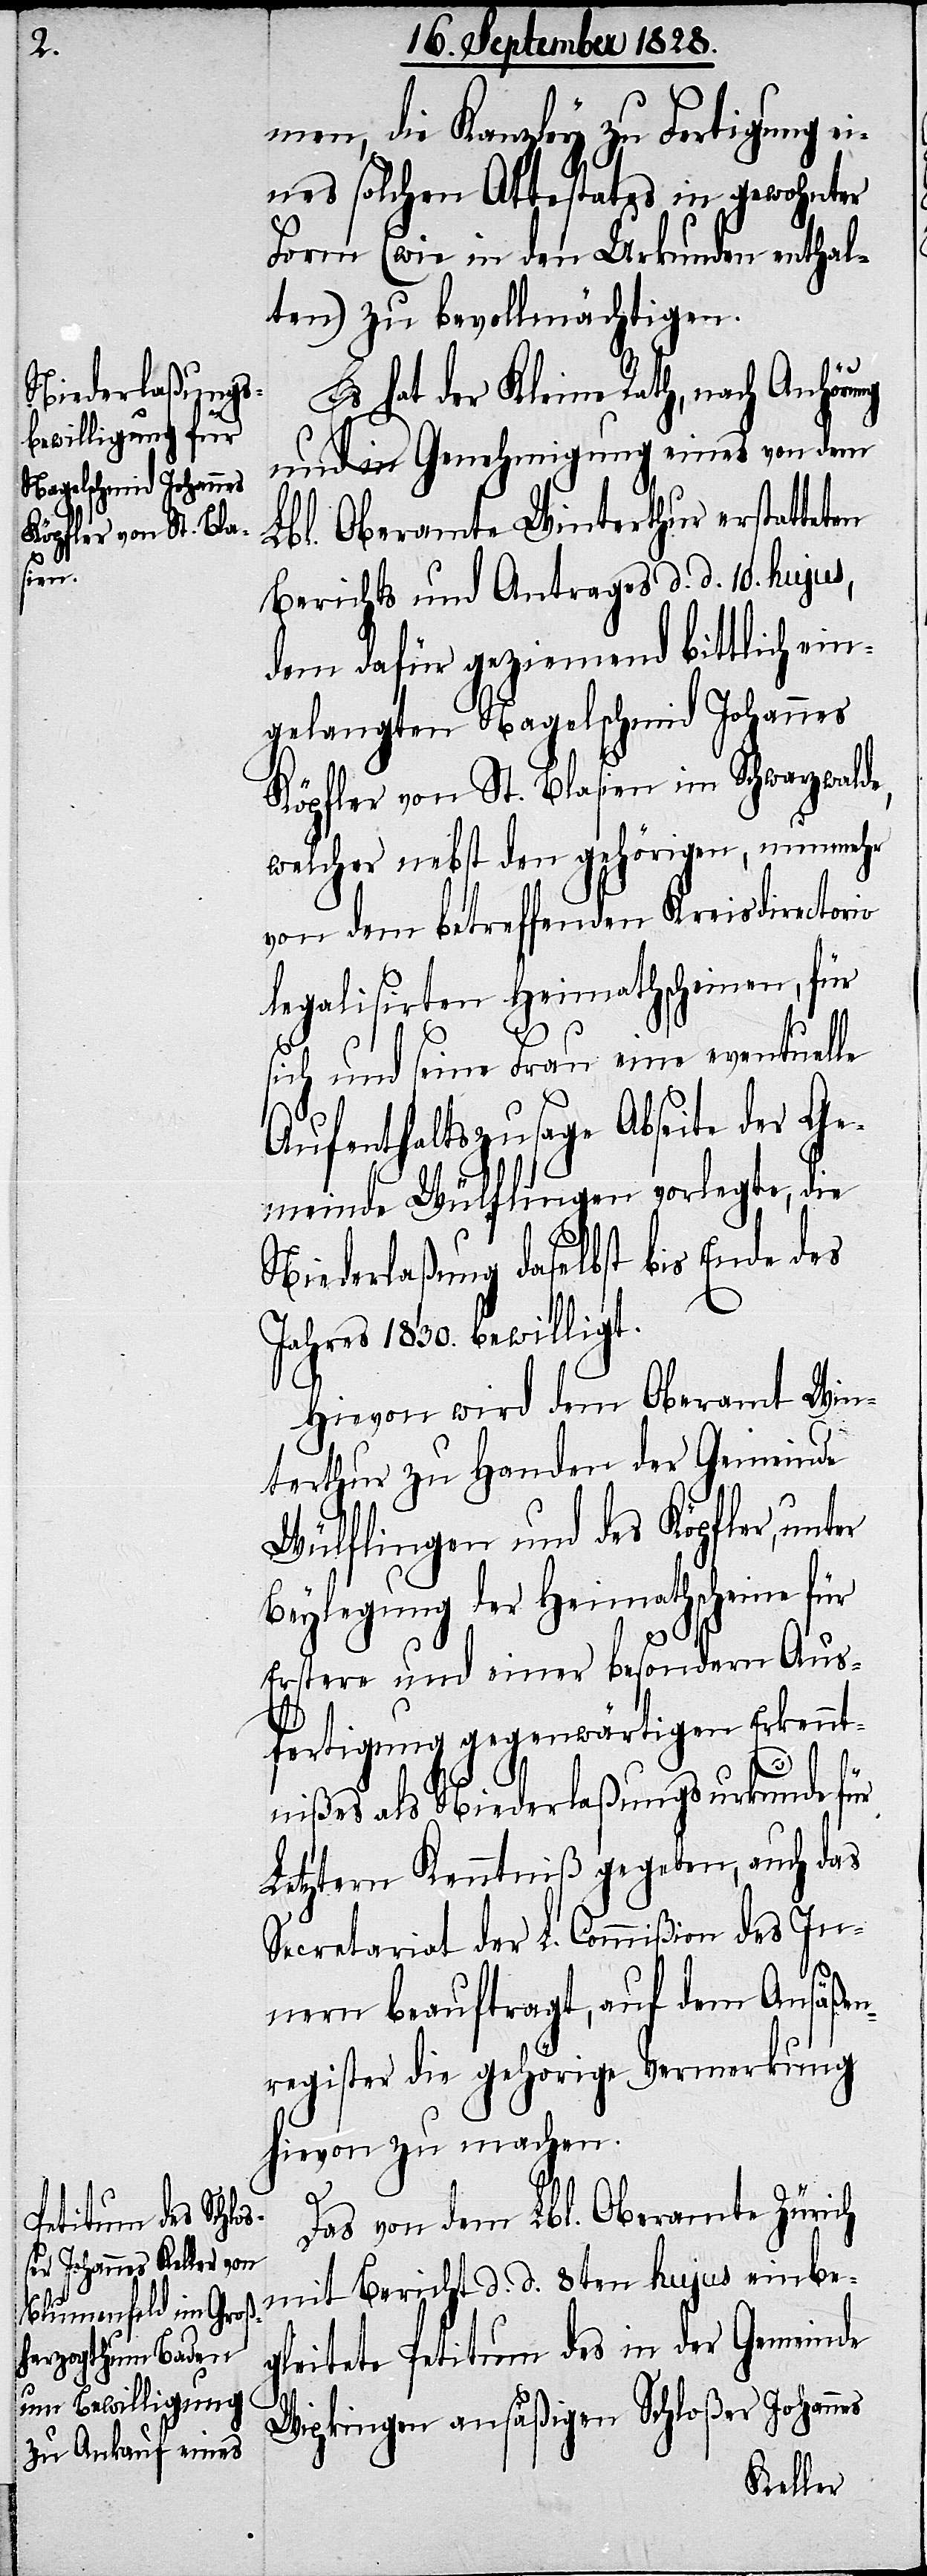
men, die Kanzley zu Fertigung ei¬
nes solchen Attestates in gewohnter
Form (wie in den Urkunden enthal¬
ten) zu bevollmächtigen.
Es hat der Kleine Rath, nach Anhöru¬
und in Genehmigung eines von dem
Lbl. Oberamte Winterthur erstatteten
Berichts und Antrages d. d. 10. hujus,
dem dafür geziemend bittlich ein¬
gelangten Nagelschmid Johannes
Köpfler von St. Blasien im Schwarzwalde,
welcher nebst den gehörigen, nunmehr
von dem betreffenden Kreisdirectorio
legalisirten Heimathscheinen, für
sich und seine Frau eine eventuelle
Aufenthaltszusage Abseite der Ge¬
meinde Wülflingen vorlegte, die
Niederlaßung daselbst bis Ende des
Jahres 1830. bewilligt.
Hievon wird dem Oberamt Win¬
terthur zu Handen der Gemeinde
Wülflingen und des Köpfler, unter
Beylegung der Heimathscheine für
ng
Erstere und einer besondern Aus¬
fertigung gegenwärtigen Erkennt¬
nißes als Niederlaßungsurkunde für
Letztern Kenntniß gegeben, auch das
Secretariat der L. Commißion des In¬
nern beauftragt, auf dem Ansäßen¬
register die gehörige Vermerkung
hievon zu machen.
Das von dem Lbl. Oberamte Zürich
mit Bericht d. d. 8ten hujus einbe¬
gleitete Petitum des in der Gemeinde
Wipkingen ansäßigen Schloßer Johannes